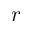
r